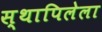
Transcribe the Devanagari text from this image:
स्थापिलेला